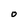
Character: O